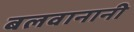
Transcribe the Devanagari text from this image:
बलवानानी